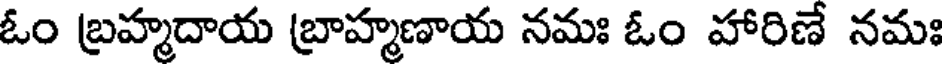
ఓం బ్రహ్మదాయ బ్రాహ్మణాయ నమః ఓం హారిణే నమః